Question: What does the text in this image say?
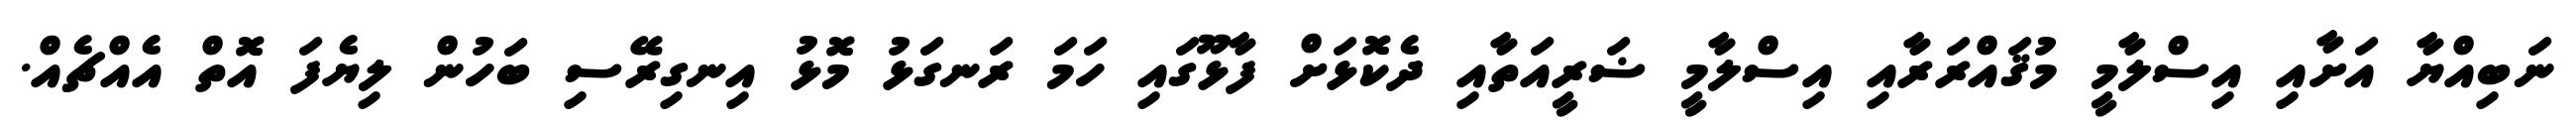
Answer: ނަބިއްޔާ އަށާއި އިސްލާމީ މުޤައްރަރާއި އިސްލާމީ ޟަރީއަތާއި ދެކޮޅަށް ފާޅޫގައި ހަމަ ރަނގަޅު މޮޅު އިނގިރޭސި ބަހުން ލިޔެފަ އޮތް އެއްޗެއް.